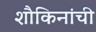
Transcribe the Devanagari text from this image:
शौकिनांची